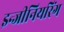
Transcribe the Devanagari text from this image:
इन्‍जीनियरिंग